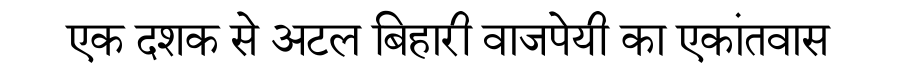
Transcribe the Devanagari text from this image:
एक दशक से अटल बिहारी वाजपेयी का एकांतवास